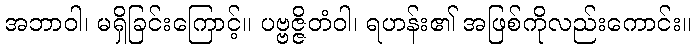
အဘာဝါ၊ မရှိခြင်းကြောင့်။ ပဗ္ဗဇ္ဇိတံဝါ၊ ရဟန်း၏ အဖြစ်ကိုလည်းကောင်း။